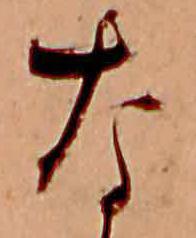
な